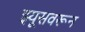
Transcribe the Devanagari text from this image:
झ्यूसवरून